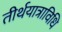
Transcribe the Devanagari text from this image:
तीर्थयात्राविधि